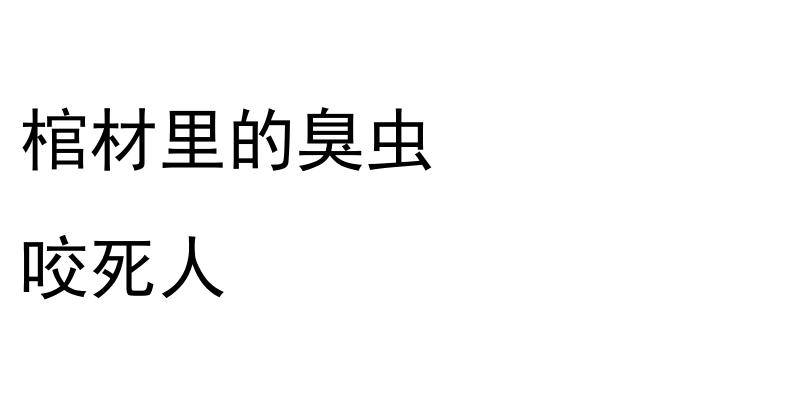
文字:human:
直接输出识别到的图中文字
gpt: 棺材里的臭虫 咬死人